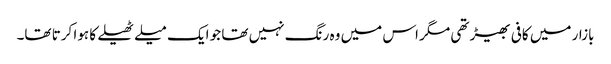
بازار میں کافی بھیڑ تھی مگر اس میں وہ رنگ نہیں تھا جو ایک میلے ٹھیلے کا ہوا کرتا تھا۔